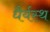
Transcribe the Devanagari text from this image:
धैर्यस्थ